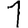
Digit: 1